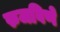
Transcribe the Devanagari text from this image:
रुजविणे